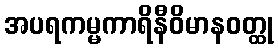
အပရကမ္မကာရိနီဝိမာနဝတ္ထု